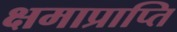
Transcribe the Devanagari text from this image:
क्षमाप्राप्ति